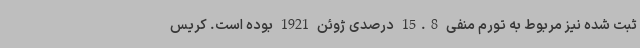
ثبت شده نیز مربوط به تورم منفی 15.8 درصدی ژوئن 1921 بوده است. کریس